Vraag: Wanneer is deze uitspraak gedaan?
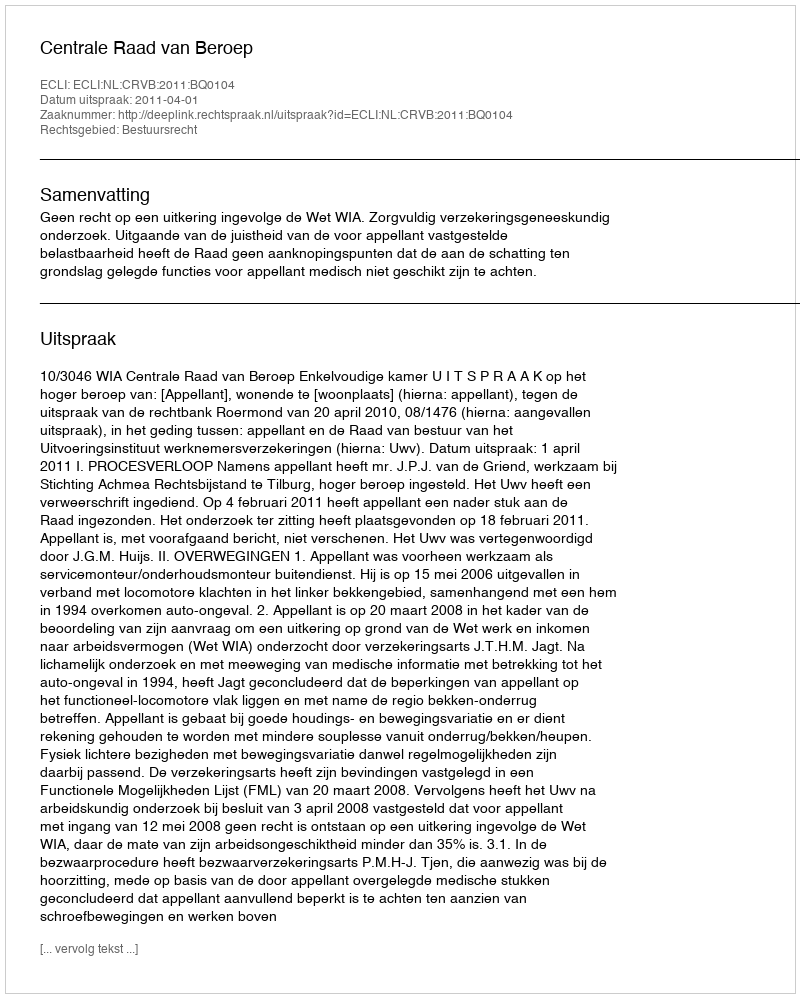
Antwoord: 2011-04-01